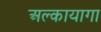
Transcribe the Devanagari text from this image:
अल्कायागा